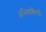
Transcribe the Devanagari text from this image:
अभिव्यक्‍तियों